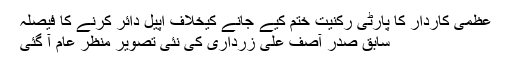
عظمیٰ کاردار کا پارٹی رکنیت ختم کیے جانے کیخلاف اپیل دائر کرنے کا فیصلہ
سابق صدر آصف علی زرداری کی نئی تصویر منظر عام آ گئی